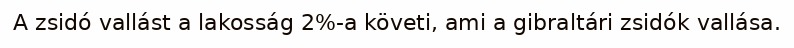
A zsidó vallást a lakosság 2%-a követi, ami a gibraltári zsidók vallása.